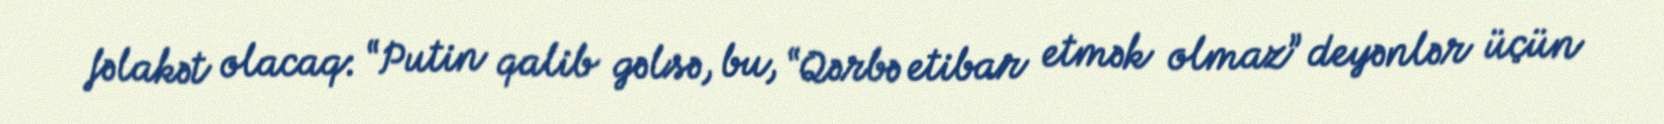
fəlakət olacaq: “Putin qalib gəlsə, bu, “Qərbə etibar etmək olmaz” deyənlər üçün